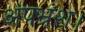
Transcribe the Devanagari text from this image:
अपभ्रंश।